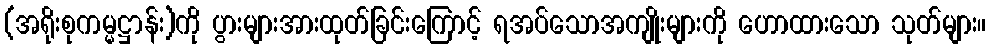
(အရိုးစုကမ္မဋ္ဌာန်း)ကို ပွားများအားထုတ်ခြင်းကြောင့် ရအပ်သောအကျိုးများကို ဟောထားသော သုတ်များ။